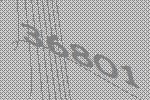
36801